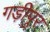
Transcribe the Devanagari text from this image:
गड़ीपुर